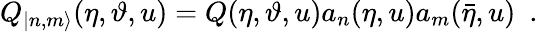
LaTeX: Q_{|n,m\rangle}(\eta,\vartheta,u)=Q(\eta,\vartheta,u)a_{n}(\eta,u)a_{m}(\bar{\eta},u)\, \, \, .